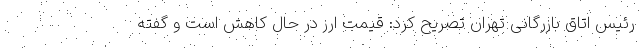
رئیس اتاق بازرگانی تهران تصریح کرد: قیمت ارز در حال کاهش است و گفته